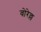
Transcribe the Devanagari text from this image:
वोरेल्ल